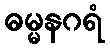
ဓမ္မနဂရံ